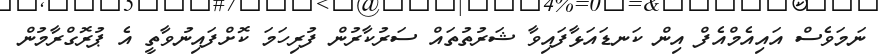
ނަމަވެސް އައިއެމްއެފް އިން ކަނޑައަޅާފައިވާ ޝަރުތުތައް ސަރުކާރުން ފުރިހަމަ ކޮށްފައިނުވާތީ އެ ޕުރޮގްރާމުން